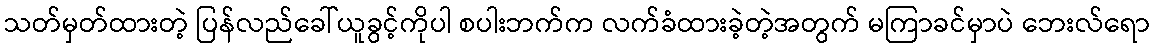
သတ်မှတ်ထားတဲ့ ပြန်လည်ခေါ်ယူခွင့်ကိုပါ စပါးဘက်က လက်ခံထားခဲ့တဲ့အတွက် မကြာခင်မှာပဲ ဘေးလ်ရော